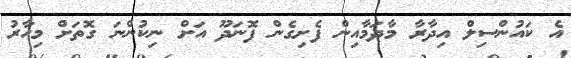
އެ ކައުންސިލް އިދާރާ މާދަމާއިން ފެށިގެން ފޮނަދޫ އަށް ނިކުންނަ ގޮތަށް މިހާރު